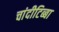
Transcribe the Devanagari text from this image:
चांदीटिब्बा